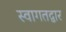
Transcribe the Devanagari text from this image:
स्वागतद्वार